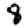
Digit: 8